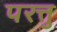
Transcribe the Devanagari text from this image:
परत्तु